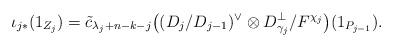
LaTeX: \begin{align*}\iota_{j*}(1_{Z_j})=\tilde{c}_{\lambda_j + n - k - j}\big((D_j/D_{j-1})^{\vee}\otimes D_{\gamma_j}^{\perp}/F^{\chi_j}\big)(1_{P_{j-1}}).\end{align*}